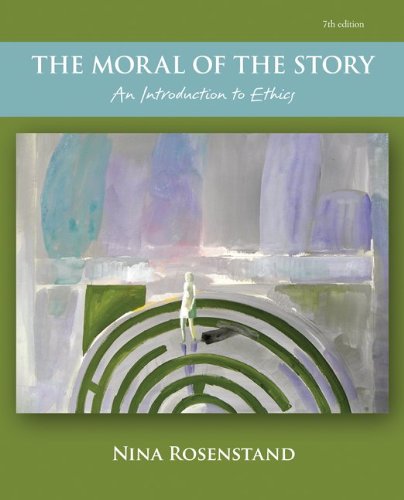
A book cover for The Moral of the Story: An Introduction to Ethics; Nina Rosenstand; Politics & Social Sciences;